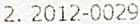
2. 2012-0029